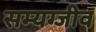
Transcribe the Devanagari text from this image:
सम्यग्जीव